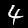
Label: 4